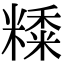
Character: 𥼄